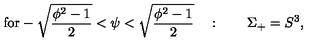
\mathrm { f o r - \sqrt { \frac { \phi ^ 2 - 1 } { 2 } } < \psi < \sqrt { \frac { \phi ^ 2 - 1 } { 2 } } } \quad : \qquad \Sigma _ { + } = S ^ { 3 } ,